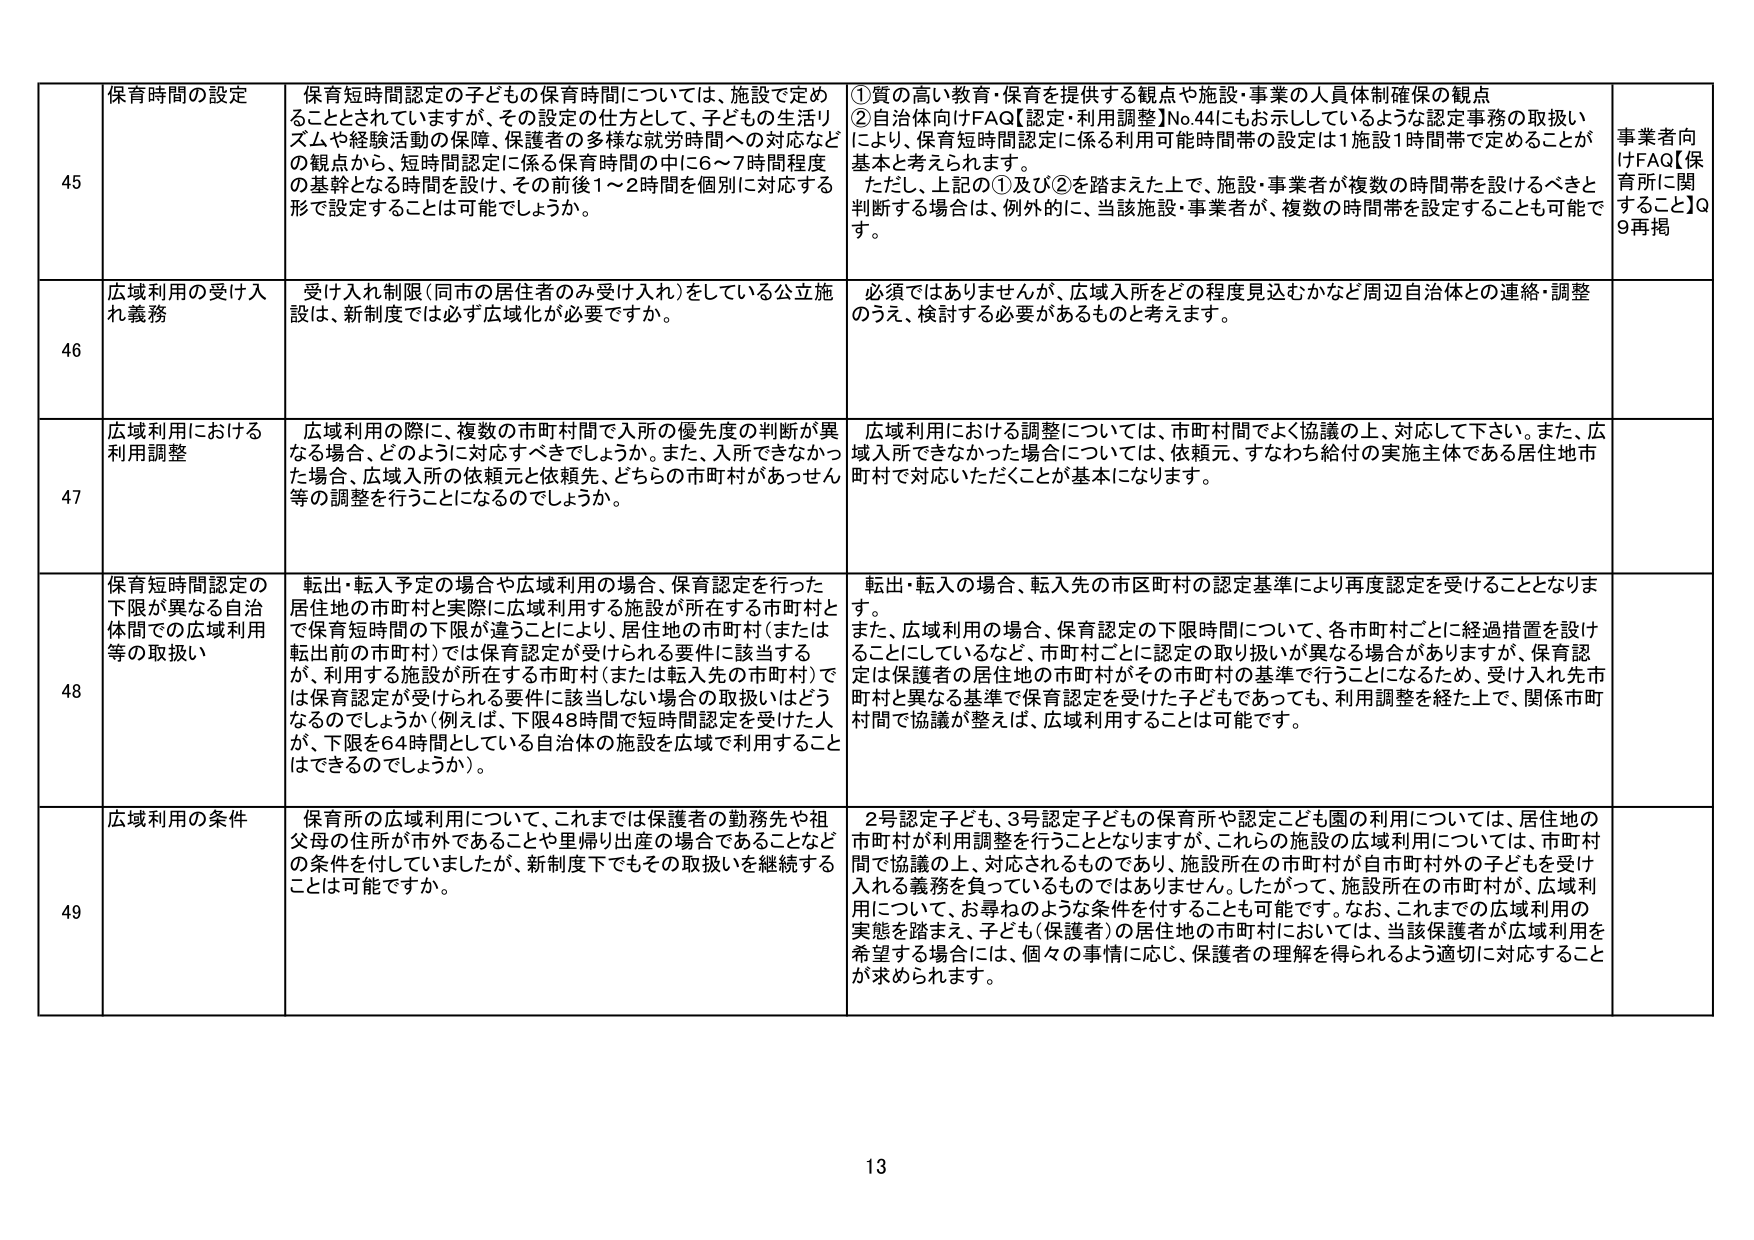
45 保育時間の設定 保育短時間認定の子どもの保育時間については、施設で定め ることとされていますが、その設定の仕方として、子どもの生活リ ズムや経験活動の保障、保護者の多様な就労時間への対応など の観点から、短時間認定に係る保育時間の中に6～7時間程度 の基幹となる時間を設け、その前後1～2時間を個別に対応する 形で設定することは可能でしょうか。 ①質の高い教育・保育を提供する観点や施設・事業の人員体制確保の観点 ②自治体向けFAQ【認定・利用調整】No.44にもお示ししているような認定事務の取扱い により、保育短時間認定に係る利用可能時間帯の設定は1施設1時間帯で定めることが 基本と考えられます。 ただし、上記の①及び②を踏まえた上で、施設・事業者が複数の時間帯を設けるべきと 判断する場合は、例外的に、当該施設・事業者が、複数の時間帯を設定することも可能で す。 事業者向 けFAQ【保 育所に関 すること】Q 9再掲

46 広域利用の受け入 れ義務 受け入れ制限（同市の居住者のみ受け入れ）をしている公立施 設は、新制度では必ず広域化が必要ですか。 必須ではありませんが、広域入所をどの程度見込むかなど周辺自治体との連絡・調整 のうえ、検討する必要があるものと考えます。

47 広域利用における 利用調整 広域利用の際に、複数の市町村間で入所の優先度の判断が異 なる場合、どのように対応すべきでしょうか。また、入所できなかっ た場合、広域入所の依頼元と依頼先、どちらの市町村があっせん 等の調整を行うことになるのでしょうか。 広域利用における調整については、市町村間でよく協議の上、対応して下さい。また、広 域入所できなかった場合については、依頼元、すなわち給付の実施主体である居住地市 町村で対応いただくことが基本になります。

48 保育短時間認定の 下限が異なる自治 体間での広域利用 等の取扱い 転出・転入予定の場合や広域利用の場合、保育認定を行った 居住地の市町村と実際に広域利用する施設が所在する市町村と で保育短時間の下限が違うことにより、居住地の市町村（または 転出前の市町村）では保育認定が受けられる要件に該当する が、利用する施設が所在する市町村（または転入先の市町村）で は保育認定が受けられる要件に該当しない場合の取扱いはどう なるのでしょうか（例えば、下限48時間で短時間認定を受けた人 が、下限を64時間としている自治体の施設を広域で利用すること はできるのでしょうか）。 転出・転入の場合、転入先の市区町村の認定基準により再度認定を受けることとなりま す。 また、広域利用の場合、保育認定の下限時間について、各市町村ごとに経過措置を設け ることにしてい るなど、市町村ごとに認定の取り扱いが異なる場合がありますが、保育認 定は保護者の居住地の市町村がその市町村の基準で行うことになるため、受け入れ先市 町村と異なる基準で保育認定を受けた子どもであっても、利用調整を経た上で、関係市町 村間で協議が整えば、広域利用することは可能です。

49 広域利用の条件 保育所の広域利用について、これまでは保護者の勤務先や祖 父母の住所が市外であることや里帰り出産の場合であることなど の条件を付していましたが、新制度下でもその取扱いを継続する ことは可能ですか。 2号認定子ども、3号認定子どもの保育所や認定こども園の利用については、居住地の 市町村が利用調整を行うこととなりますが、これらの施設の広域利用については、市町村 間で協議の上、対応されるものであり、施設所在の市町村が自市町村外の子どもを受け 入れる義務を負っているものではありません。したがって、施設所在の市町村が、広域利 用について、お尋ねのような条件を付することも可能です。なお、これまでの広域利用の 実態を踏まえ、子ども（保護者）の居住地の市町村においては、当該保護者が広域利用を 希望する場合には、個々の事情に応じ、保護者の理解を得られるよう適切に対応すること が求められます。

13